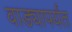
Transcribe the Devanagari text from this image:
वाड्यापर्यंत